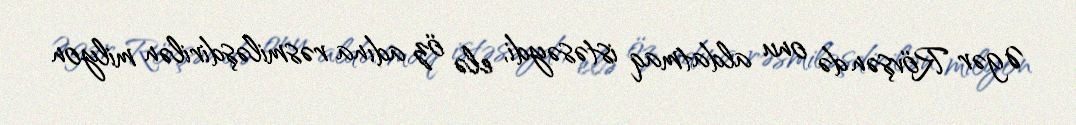
Əgər Rövşən də onu aldatmaq istəsəydi, elə öz adına rəsmiləşdirilən milyon